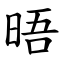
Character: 晤